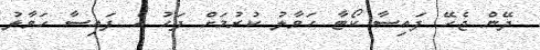
ދޭން ޖެހޭ ފައިސާ ކޯޓާ ހަވާލު ކުރުމަށް ފަހު އެ ފައިސާ ހަވާލު